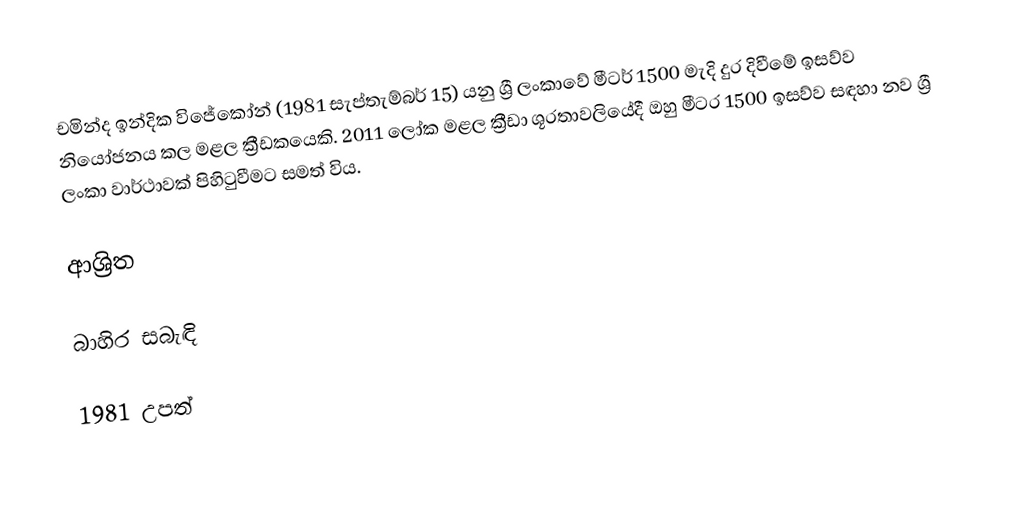
චමින්ද ඉන්දික විජේකෝන් (1981 සැප්තැම්බර් 15) යනු ශ්‍රී ලංකාවේ මීටර් 1500 මැදි දුර දිවීමේ ඉසව්ව නියෝජනය කල මළල ක්‍රීඩකයෙකි. 2011 ලෝක මළල ක්‍රීඩා ශූරතාවලියේදී ඔහු මීටර 1500 ඉසව්ව සඳහා නව ශ්‍රී ලංකා වාර්ථාවක් පිහිටුවීමට සමත් විය.

ආශ්‍රිත

බාහිර සබැඳි

1981 උපත්